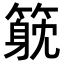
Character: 𥲇